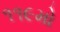
૧૧૯મો